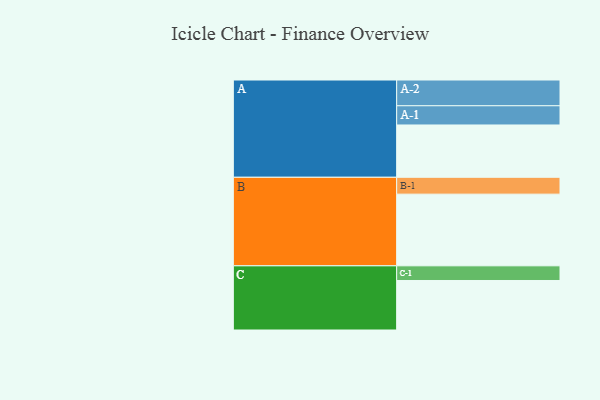
{"axis": {"x": "Segment", "y": "Value"}, "legend": ["", "A", "B", "C"], "data": [{"x": "A", "y": 335, "type": ""}, {"x": "B", "y": 459, "type": ""}, {"x": "C", "y": 317, "type": ""}, {"x": "A-1", "y": 123, "type": "A"}, {"x": "A-2", "y": 165, "type": "A"}, {"x": "B-1", "y": 108, "type": "B"}, {"x": "C-1", "y": 94, "type": "C"}]}